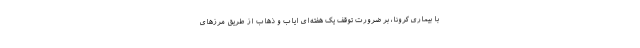
با بیماری کرونا، بر ضرورت توقف یک هفته‌ای ایاب و ذهاب از طریق مرز‌های